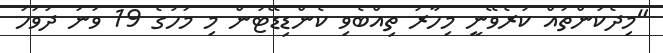
"މިދެކަންތައް ކުރެވޭނީ މިހާރު ތިއްބެވި ކެންޑިޑޭޓުން މި މަހުގެ 19 ވަނަ ދުވަހު